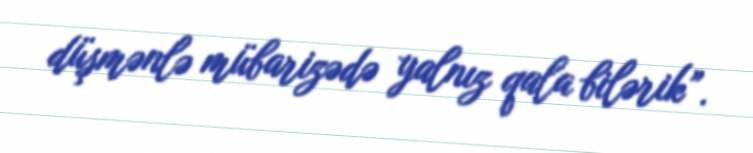
düşmənlə mübarizədə yalnız qala bilərik”.